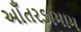
આઁતરડામામ